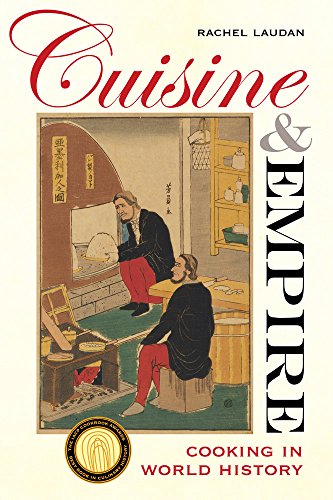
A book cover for Cuisine and Empire: Cooking in World History (California Studies in Food and Culture); Rachel Laudan; Cookbooks, Food & Wine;